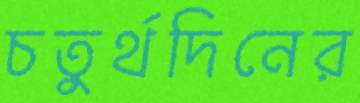
চতুর্থদিনের